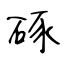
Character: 硺